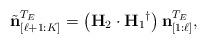
LaTeX: \begin{align*}\tilde{\mathbf{n}}^{T_E}_{[\ell+1:K]} = \left(\mathbf{H}_2 \cdot {\mathbf{H}_1}^{\dagger}\right)\mathbf{n}^{T_E}_{[1:\ell]},\end{align*}